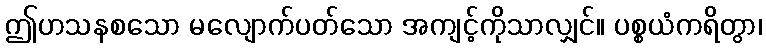
ဤဟသနစသော မလျောက်ပတ်သော အကျင့်ကိုသာလျှင်။ ပစ္စယံကရိတွာ၊